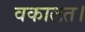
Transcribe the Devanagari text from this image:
वकालत।